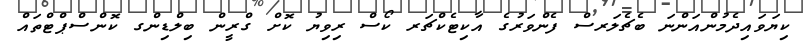
ކިޔަވައިދެމުންއަންނަ ބެޗެލަރސް ފެންވަރުގެ އާކިޓެކްޗަރ ކޯސް ރިވިޔު ކޮށް ގްރީން ބިލްޑިންގ ކޮންސްޕްޓްތައް